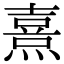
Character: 熹